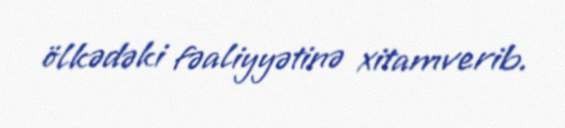
ölkədəki fəaliyyətinə xitamverib.